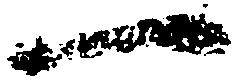
一